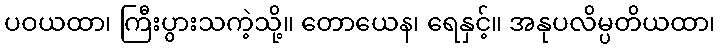
ပဝယထာ၊ ကြီးပွားသကဲ့သို့။ တောယေန၊ ရေနှင့်။ အနုပလိမ္ပတိယထာ၊